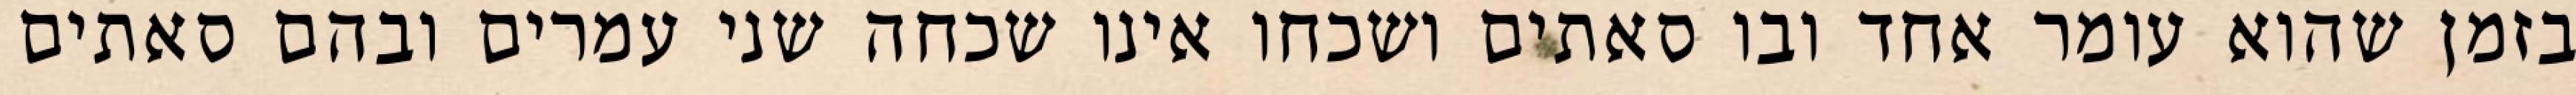
בזמן שהוא עומר אחד ובו סאתים ושכחו אינו שכחה שני עמרים ובהם סאתים